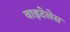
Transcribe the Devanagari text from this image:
वाइटेलेस